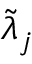
\tilde { \lambda } _ { j }